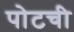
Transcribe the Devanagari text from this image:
पोटची